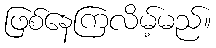
ဖြစ်နေကြလိမ့်မည်။